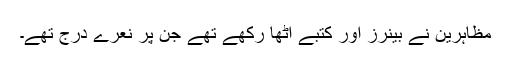
مظاہرین نے بینرز اور کتبے اٹھا رکھے تھے جن پر نعرے درج تھے۔